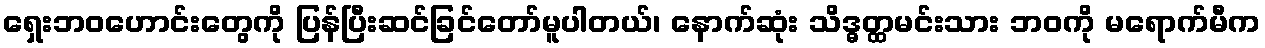
ရှေးဘဝဟောင်းတွေကို ပြန်ပြီးဆင်ခြင်တော်မူပါတယ်၊ နောက်ဆုံး သိဒ္ဓတ္ထမင်းသား ဘဝကို မရောက်မီက